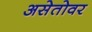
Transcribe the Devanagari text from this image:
असेतोवर